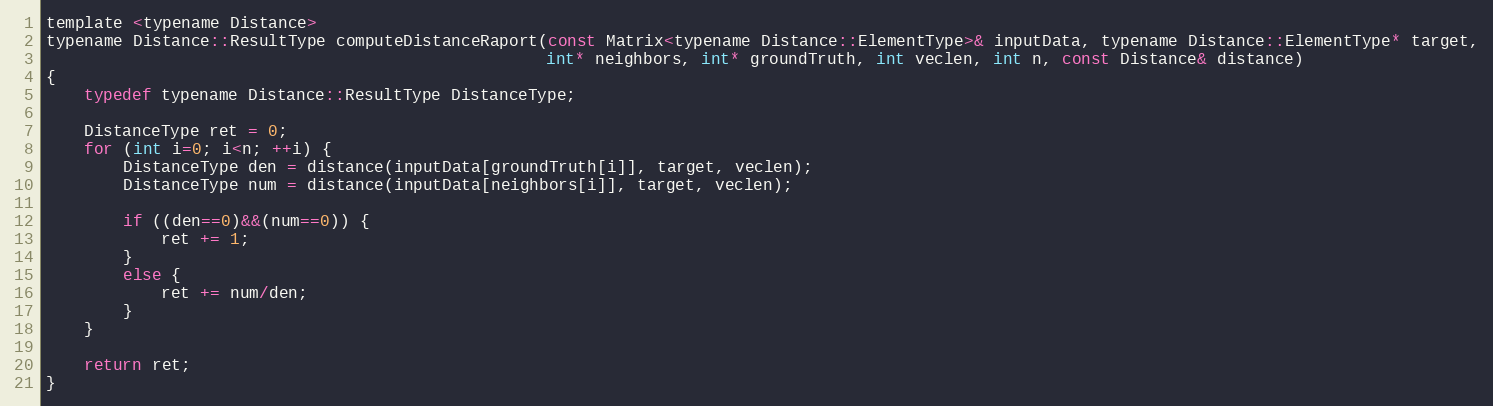
Language: C
template <typename Distance>
typename Distance::ResultType computeDistanceRaport(const Matrix<typename Distance::ElementType>& inputData, typename Distance::ElementType* target,
                                                    int* neighbors, int* groundTruth, int veclen, int n, const Distance& distance)
{
    typedef typename Distance::ResultType DistanceType;

    DistanceType ret = 0;
    for (int i=0; i<n; ++i) {
        DistanceType den = distance(inputData[groundTruth[i]], target, veclen);
        DistanceType num = distance(inputData[neighbors[i]], target, veclen);

        if ((den==0)&&(num==0)) {
            ret += 1;
        }
        else {
            ret += num/den;
        }
    }

    return ret;
}